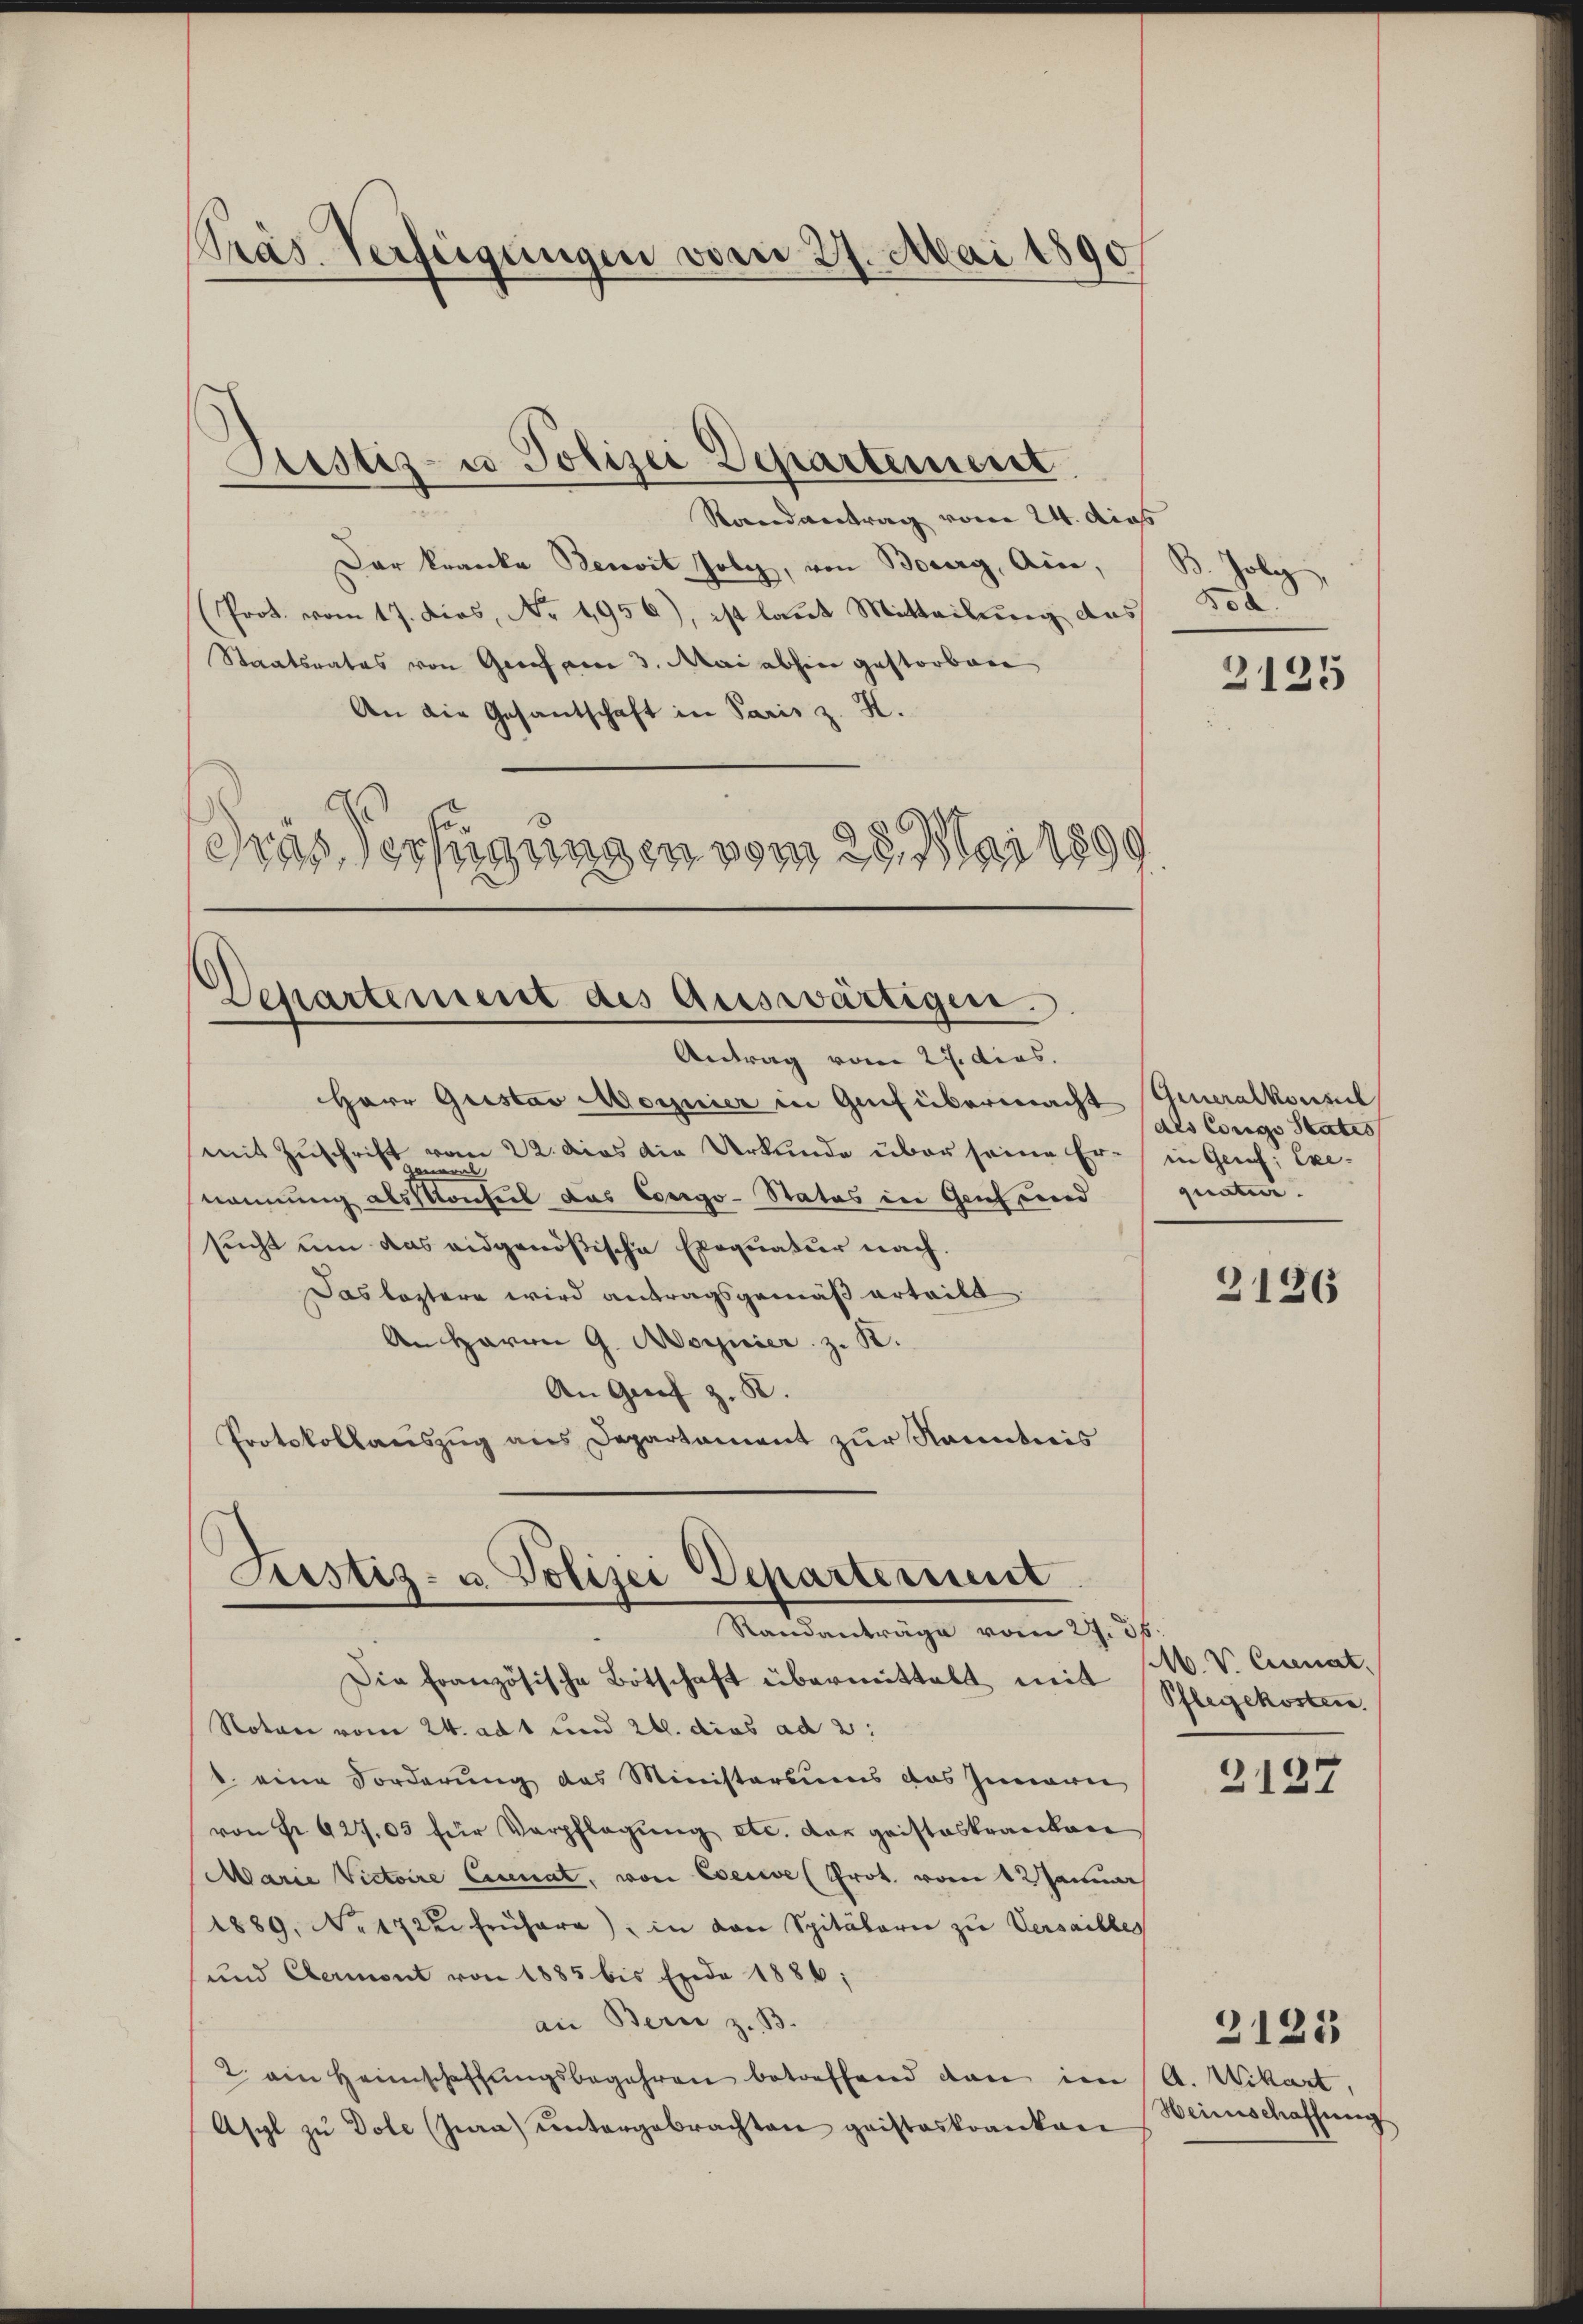
Pras Verfügungen vom 27. Mai 1890

Randantrag vom 24. dies
Dar kranke Benoit Joly, von Bourg, Ain,
Prot. vom 17. dies, Nr. 1956), ist laut Mitteilung das
Staatsrates von Graf am 3. Mai abhin gestorbene
An die Gesantschaft in Paris z. K.
Das Verfügungen vom 28. Mai 1899

Justiz- u Polizei Departement

Departement des Auswärtigen.

Antrag vom 27. dies.
Herr Gustav Moynier in Gefübermacht Generalkonsul
mit Zuschrift vom 22. das die Urkunde über seine Er- in Genf; Exe-
meral
nennung alssenheit das Congo-Status in Genf und
sucht um das eidgenößische Exequatur nach.
Das leztere wird antragsgemäß erteilt
An Herrn G. Mornier z. B.
An Greif z. B.
Protokollauszug aus Departament zur Kenntnis
Die französische Botschaft übermittelt mit
Notar vom 24. ad 1 und 24. dies ad 2:
b. eine Forderung des Ministeriums das Innern
von Fr. 927.05 für Verpflegŭng etc. der geisteskrankar
Marie Victoire Eisenat, von Eserie Prot. von 1 Man
1889. No 17 zu frühere), in den Spitalarie zŭ Versailles
und Clermont von 1885 bis Ende 1886;
an Bern z. B.
2. ein Heimschaffŭngsbegehren betreffend dan im A. Wikart,
Asyl zŭ Dole (Jura) untergebrachten geisteskranken

Festiz- u. Polizei Departement
Randanträge vom 27. 36.

. Zolg
Fod

3125

des Corgo Statis
quaten.

2126

M. V. Eisenat,
Pflegekosten.

3127

2123

Heinschaffung